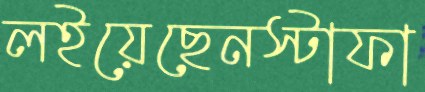
লইয়েছেনস্টাফা